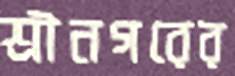
শ্রীনগরের